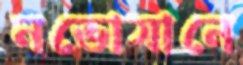
নভোযানে